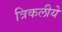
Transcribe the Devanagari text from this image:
त्रिकलीये